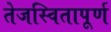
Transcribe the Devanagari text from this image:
तेजस्वितापूर्ण